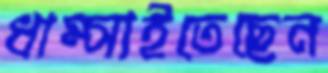
ধাম্‌সাইতেছেন